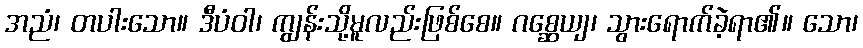
အညံ၊ တပါးသော။ ဒီပံဝါ၊ ကျွန်းသို့မူလည်းဖြစ်စေ။ ဂစ္ဆေယျ၊ သွားရောက်ခဲ့ရာ၏။ သော၊